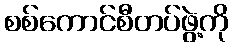
စစ်ကောင်စီတပ်ဖွဲ့ကို